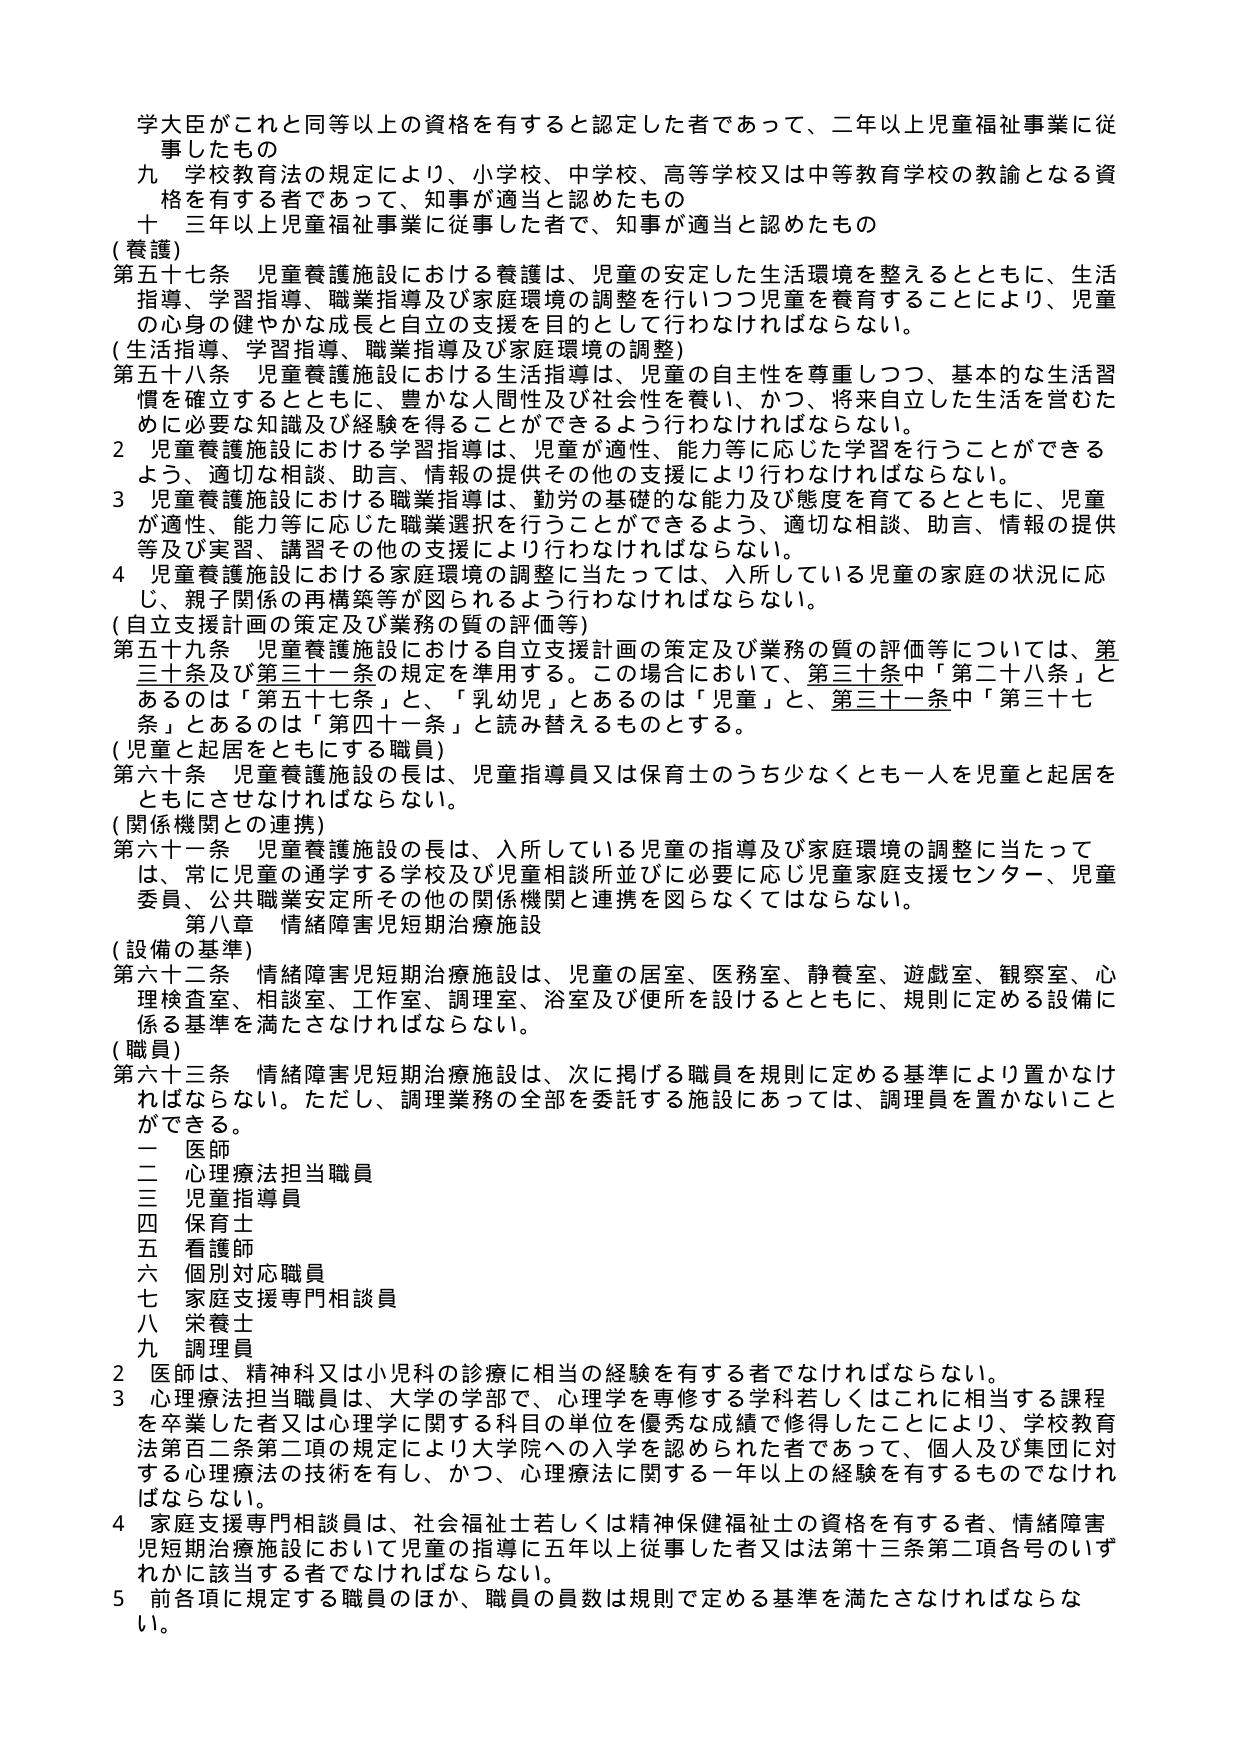
学大臣がこれと同等以上の資格を有すると認定した者であって、二年以上児童福祉事業に従事したもの
九 学校教育法の規定により、小学校、中学校、高等学校又は中等教育学校の教諭となる資格を有する者であって、知事が適当と認めたもの
十 三年以上児童福祉事業に従事した者で、知事が適当と認めたもの

（養護）
第五十七条 児童養護施設における養護は、児童の安定した生活環境を整えるとともに、生活指導、学習指導、職業指導及び家庭環境の調整を行いつつ児童を養育することにより、児童の心身の健やかな成長と自立の支援を目的として行わなければならない。

（生活指導、学習指導、職業指導及び家庭環境の調整）
第五十八条 児童養護施設における生活指導は、児童の自主性を尊重しつつ、基本的な生活習慣を確立するとともに、豊かな人間性及び社会性を養い、かつ、将来自立した生活を営むために必要な知識及び経験を得ることができるように行わなければならない。
２ 児童養護施設における学習指導は、児童が適性、能力等に応じた学習を行うことができるよう、適切な相談、助言、情報の提供その他の支援により行わなければならない。
３ 児童養護施設における職業指導は、勤労の基礎的な能力及び態度を育てるとともに、児童が適性、能力等に応じた職業選択を行うことができるよう、適切な相談、助言、情報の提供等及び実習、講習その他の支援により行わなければならない。
４ 児童養護施設における家庭環境の調整に当たっては、入所している児童の家庭の状況に応じ、親子関係の再構築等が図られるよう行わなければならない。

（自立支援計画の策定及び業務の質の評価等）
第五十九条 児童養護施設における自立支援計画の策定及び業務の質の評価等については、第三十条及び第三十一条の規定を準用する。この場合において、第三十条中「第二十八条」とあるのは「第五十七条」と、「乳幼児」とあるのは「児童」と、第三十一条中「第三十七条」とあるのは「第四十一条」と読み替えるものとする。

（児童と起居をともにする職員）
第六十条 児童養護施設の長は、児童指導員又は保育士のうち少なくとも一人を児童と起居をともにさせなければならない。

（関係機関との連携）
第六十一条 児童養護施設の長は、入所している児童の指導及び家庭環境の調整に当たっては、常に児童の通学する学校及び児童相談所並びに必要に応じ児童家庭支援センター、児童委員、公共職業安定所その他の関係機関と連携を図らなくてはならない。

第八章 情緒障害児短期治療施設

（設備の基準）
第六十二条 情緒障害児短期治療施設は、児童の居室、医務室、静養室、遊戯室、観察室、心理検査室、相談室、工作室、調理室、浴室及び便所を設けるとともに、規則に定める設備に係る基準を満たさなければならない。

（職員）
第六十三条 情緒障害児短期治療施設は、次に掲げる職員を規則に定める基準により置かなければならない。ただし、調理業務の全部を委託する施設にあっては、調理員を置かないことができる。
一 医師
二 心理療法担当職員
三 児童指導員
四 保育士
五 看護師
六 個別対応職員
七 家庭支援専門相談員
八 栄養士
九 調理員
２ 医師は、精神科又は小児科の診療に相当の経験を有する者でなければならない。
３ 心理療法担当職員は、大学の学部で、心理学を専修する学科若しくはこれに相当する課程を卒業した者又は心理学に関する科目の単位を優秀な成績で修得したことにより、学校教育法第百二条第二項の規定により大学院への入学を認められた者であって、個人及び集団に対する心理療法の技術を有し、かつ、心理療法に関する一年以上の経験を有するものでなければならない。
４ 家庭支援専門相談員は、社会福祉士若しくは精神保健福祉士の資格を有する者、情緒障害児短期治療施設において児童の指導に五年以上従事した者又は法第十三条第二項各号のいずれかに該当する者でなければならない。
５ 前各項に規定する職員のほか、職員の員数は規則で定める基準を満たさなければならない。